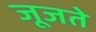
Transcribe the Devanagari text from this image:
जूजते